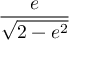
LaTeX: \frac { e } { \sqrt { 2 - e ^ { 2 } } }